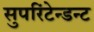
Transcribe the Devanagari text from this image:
सुपरिंटेन्डन्ट